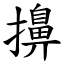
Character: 擤